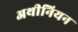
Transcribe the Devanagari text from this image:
अथीनियन